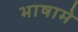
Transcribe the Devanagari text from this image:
भाषामे